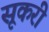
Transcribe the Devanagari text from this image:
सूकरी